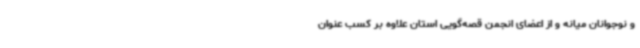
و نوجوانان میانه و از اعضای انجمن قصه‌گویی استان علاوه بر کسب عنوان